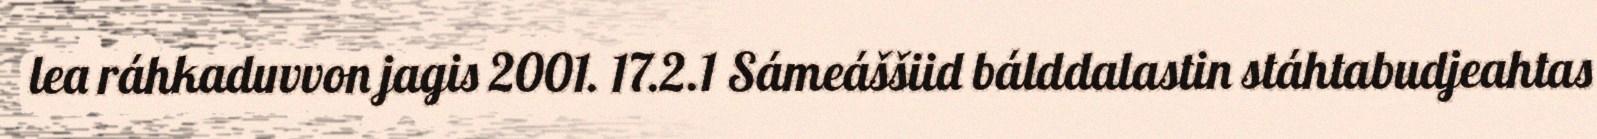
lea ráhkaduvvon jagis 2001. 17.2.1 Sámeáššiid bálddalastin stáhtabudjeahtas